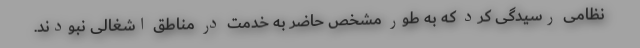
نظامی رسیدگی کرد که به طور مشخص حاضر به خدمت در مناطق اشغالی نبودند.